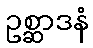
ဥစ္ဆာဒနံ